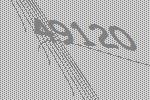
49120